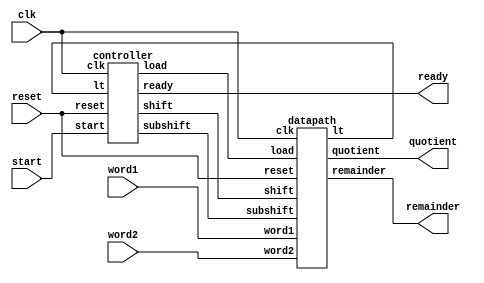
module div(clk, reset, start, word1, word2, quotient, remainder, ready);
	input clk, reset, start;
	input [7:0] word1;
	input [3:0] word2;
	output [3:0] quotient, remainder;
	output ready;
	
	wire  load, shift, subshift, lt;
	
	datapath u1 (clk, reset, load, shift, subshift, word1, word2, quotient, remainder, lt); 
	controller u2 (clk, reset, start, lt, load, shift, subshift, ready);
endmodule

module datapath (clk, reset, load, shift, subshift, word1, word2, quotient, remainder, lt); 
	input clk, reset, load, shift, subshift;
	input [7:0] word1;
	input [3:0] word2;
	output [3:0] quotient, remainder;
	output lt;
	
	reg [7:0] dividend;		// 8-bit
	reg [3:0] divisor;		// 4-bit
	wire[4:0] diff;			// 4-bit
	wire lt;				// less than (borrow)
	
	assign diff = dividend[7:3] - divisor;	// subtract after shift left
	assign lt = diff[4];	// borrow
	
	assign quotient = dividend[3:0];
	assign remainder = dividend[7:4];
	
  	always @ (posedge clk or posedge reset) begin
		if (reset) begin dividend <= 0; divisor <= 0; end
    	else if (load) begin 
			dividend <= word1;	
			divisor <= word2; 
		end 
		else if (shift) 	// shift-left
			dividend <= {dividend[6:0], 1'b0};		// quotient=0
		else if (subshift) 	// sub & shift-left
			dividend <= {diff[3:0], dividend[2:0], 1'b1};	// quotient=1
	end

endmodule

module controller (clk, reset, start, lt, load, shift, subshift, ready);
	input clk, reset, start, lt;
	output load, shift, subshift, ready;
	
	reg overflow;
	reg state;
	reg [1:0] count;
	localparam S0 = 0, S1 = 1;

	always @ (posedge clk or posedge reset)  	// State transitions
		if (reset) begin state <= S0; count <= 0; end
		else 
			case (state)
			 S0: if (start) begin state <= S1; count <= 3; end
			 S1: if (count==0) state <= S0;
				 else count <= count - 1;
			endcase
		
 // control output logic
	assign load = (state==S0) && start; 
	assign shift = (state==S1) && lt;
	assign subshift = (state==S1) && ~lt;
	assign ready = (state==S0) && ~reset;
endmodule